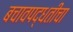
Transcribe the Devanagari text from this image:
बचावपद्धतीचा